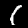
Label: 1